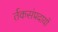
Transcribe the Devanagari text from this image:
र्तकसंप्रदायों